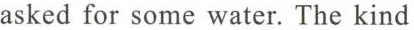
asked for some water. The kind